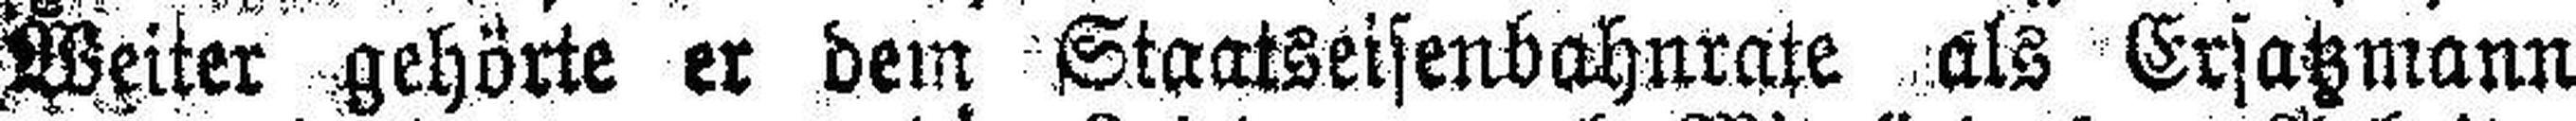
Weiter gehörte er dem Staatseisenbahnrate als Ersatzmann